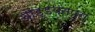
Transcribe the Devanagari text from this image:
चौड्डयनपुरा